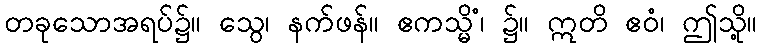
တခုသောအရပ်၌။ သွေ၊ နက်ဖန်။ ဧကသ္မိံ၊ ၌။ ဣတိ ဧဝံ၊ ဤသို့။